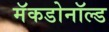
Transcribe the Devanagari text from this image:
मॅकडोनॉल्ड